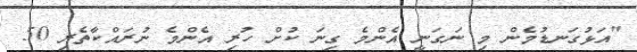
"އަޅުގަނޑުމެން މި ނަގަނީ އެންމެ ގިނަ ކުށް ހުރި އެންމެ ނުރައްކާތެރި 50